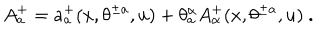
A _ { a } ^ { + } = a _ { a } ^ { + } ( x , \theta ^ { \pm a } , u ) + \theta _ { a } ^ { \alpha } A _ { \alpha } ^ { + } ( x , \theta ^ { \pm a } , u ) \ .